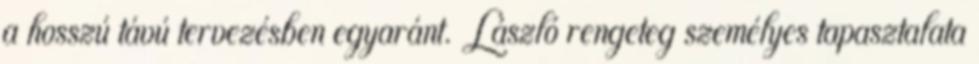
a hosszú távú tervezésben egyaránt. László rengeteg személyes tapasztalata